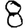
Digit: 8